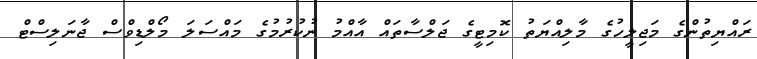
ރައްޔިތުންގެ މަޖިލީހުގެ މާލިއްޔަތު ކޮމިޓީގެ ޖަލްސާތައް އާއްމު ނުކުރުމުގެ މައްސަލަ މޯލްޑިވްސް ޖާނަލިސްޓް